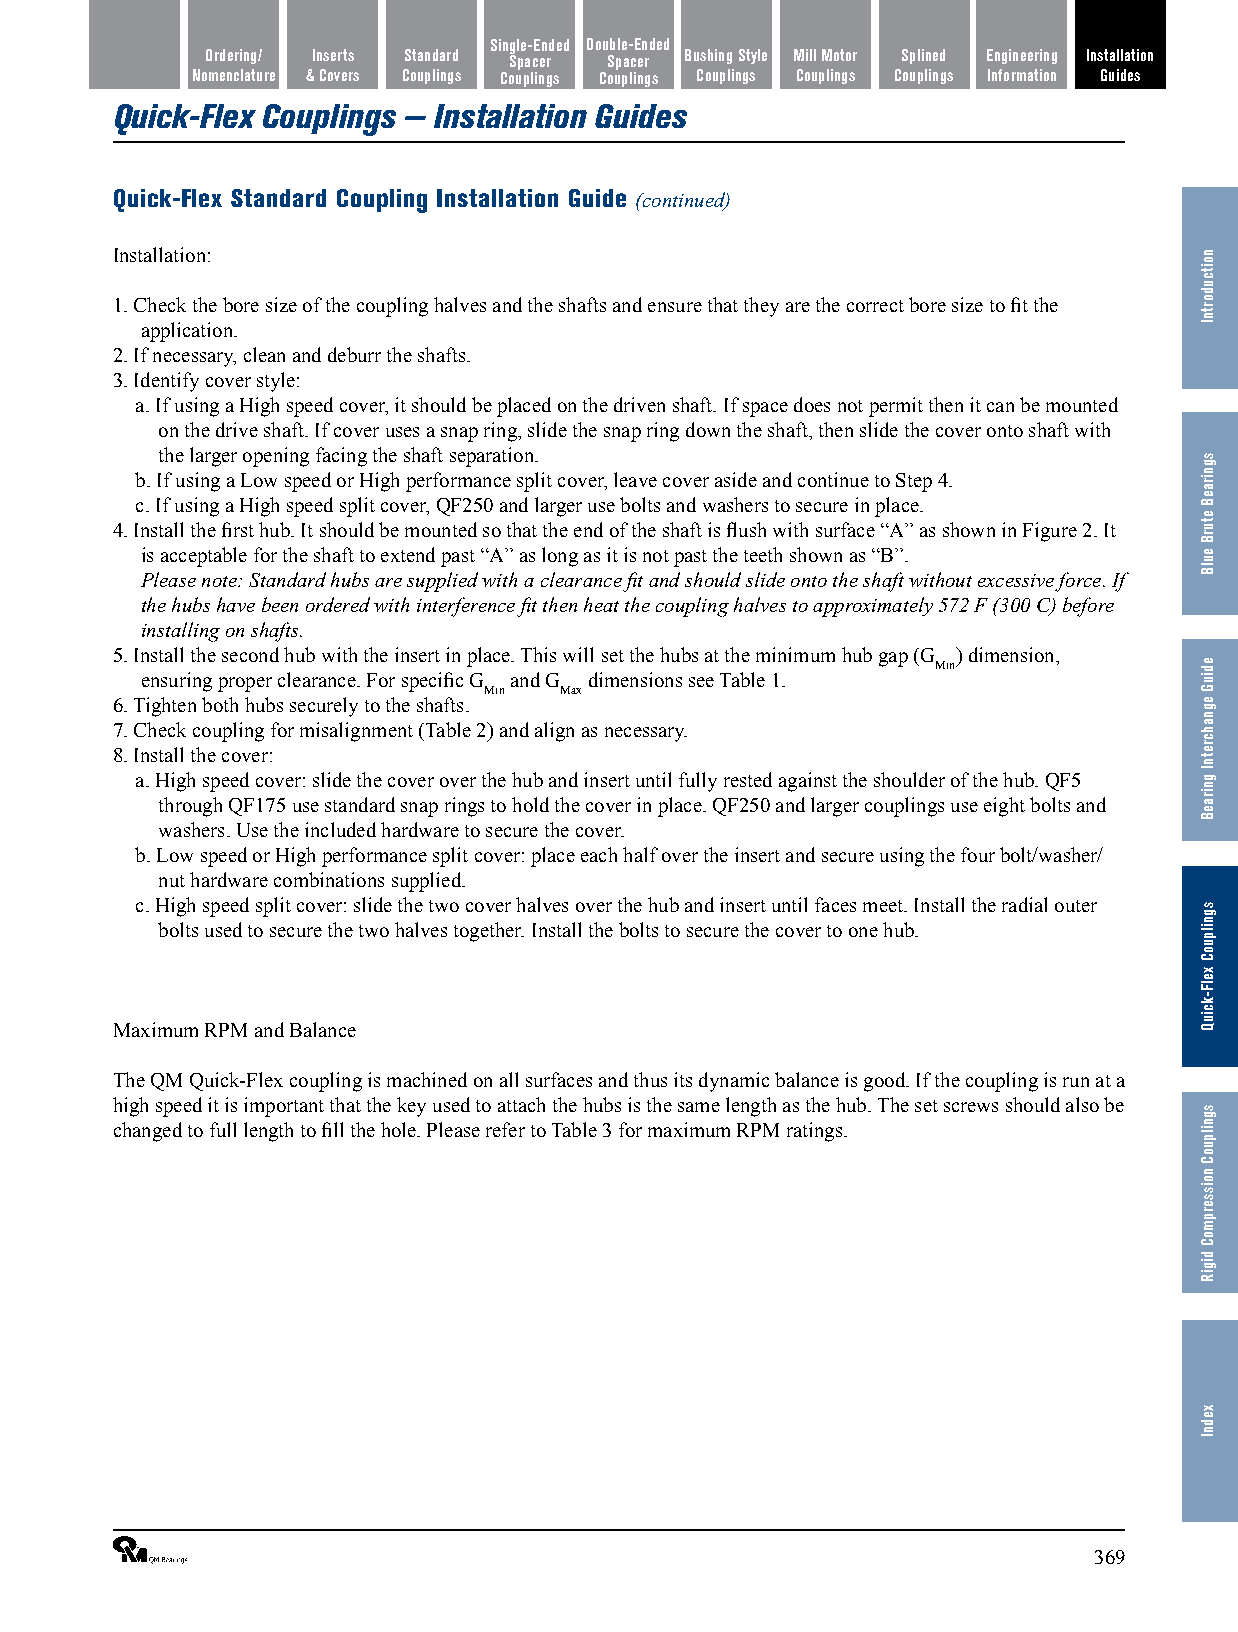
Single-Ended Double-Ended
 Features/ Ordering/ Inserts Standard Spacer Spacer Bushing Style Mill Motor Splined Engineering Installation
 Benefits Nomenclature & Covers Couplings Couplings Couplings Couplings Couplings Couplings Information Guides
 Quick-Flex Couplings — Installation Guides
 Quick-Flex Standard Coupling Installation Guide (continued)
 Installation:
 1. Check the bore size of the coupling halves and the shafts and ensure that they are the correct bore size to fit the
 application.
 2. If necessary, clean and deburr the shafts.
 3. Identify cover style:
 a. If using a High speed cover, it should be placed on the driven shaft. If space does not permit then it can be mounted
 on the drive shaft. If cover uses a snap ring, slide the snap ring down the shaft, then slide the cover onto shaft with
 the larger opening facing the shaft separation.
 b. If using a Low speed or High performance split cover, leave cover aside and continue to Step 4.
 c. If using a High speed split cover, QF250 and larger use bolts and washers to secure in place.
 4. Install the first hub. It should be mounted so that the end of the shaft is flush with surface “A” as shown in Figure 2. It
 is acceptable for the shaft to extend past “A” as long as it is not past the teeth shown as “B”.
 Please note: Standard hubs are supplied with a clearance fit and should slide onto the shaft without excessive force. If
 the hubs have been ordered with interference fit then heat the coupling halves to approximately 572 F (300 C) before
 installing on shafts.
 5. Install the second hub with the insert in place. This will set the hubs at the minimum hub gap (G ) dimension,
 Min
 ensuring proper clearance. For specific G and G dimensions see Table 1.
 Min  Max
 6. Tighten both hubs securely to the shafts.
 7. Check coupling for misalignment (Table 2) and align as necessary.
 8. Install the cover:
 a. High speed cover: slide the cover over the hub and insert until fully rested against the shoulder of the hub. QF5
 through QF175 use standard snap rings to hold the cover in place. QF250 and larger couplings use eight bolts and
 washers. Use the included hardware to secure the cover.
 b. Low speed or High performance split cover: place each half over the insert and secure using the four bolt/washer/
 nut hardware combinations supplied.
 c. High speed split cover: slide the two cover halves over the hub and insert until faces meet. Install the radial outer
 bolts used to secure the two halves together. Install the bolts to secure the cover to one hub.
 Maximum RPM and Balance
 The QM Quick-Flex coupling is machined on all surfaces and thus its dynamic balance is good. If the coupling is run at a
 high speed it is important that the key used to attach the hubs is the same length as the hub. The set screws should also be
 changed to full length to fill the hole. Please refer to Table 3 for maximum RPM ratings.
 ®                                                              369
 noitcudortnI
 sgniraeB
 eturB
 eulB
 ediuG
 egnahcretnI
 gniraeB
 sgnilpuoC
 xelF-kciuQ
 sgnilpuoC
 noisserpmoC
 digiR
 xednI